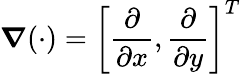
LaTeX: \boldsymbol{\nabla}(\cdot)=\left[\frac{\partial}{\partial x},\frac{\partial}{\partial y}\right]^{T}